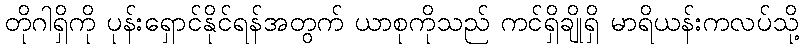
တိုဂါရှိကို ပုန်းရှောင်နိုင်ရန်အတွက် ယာစုကိုသည် ကင်ရှိချိုရှိ မာရိယန်းကလပ်သို့